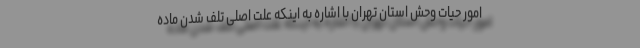
امور حیات وحش استان تهران با اشاره به اینکه علت اصلی تلف شدن ماده